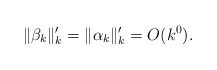
\begin{align*} \| \beta_k\|'_k = \| \alpha_k\|'_k = O(k^0).\end{align*}